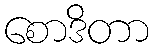
စောဒိတာ